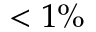
< 1 \%